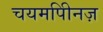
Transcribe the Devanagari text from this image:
चयमपीिनज़